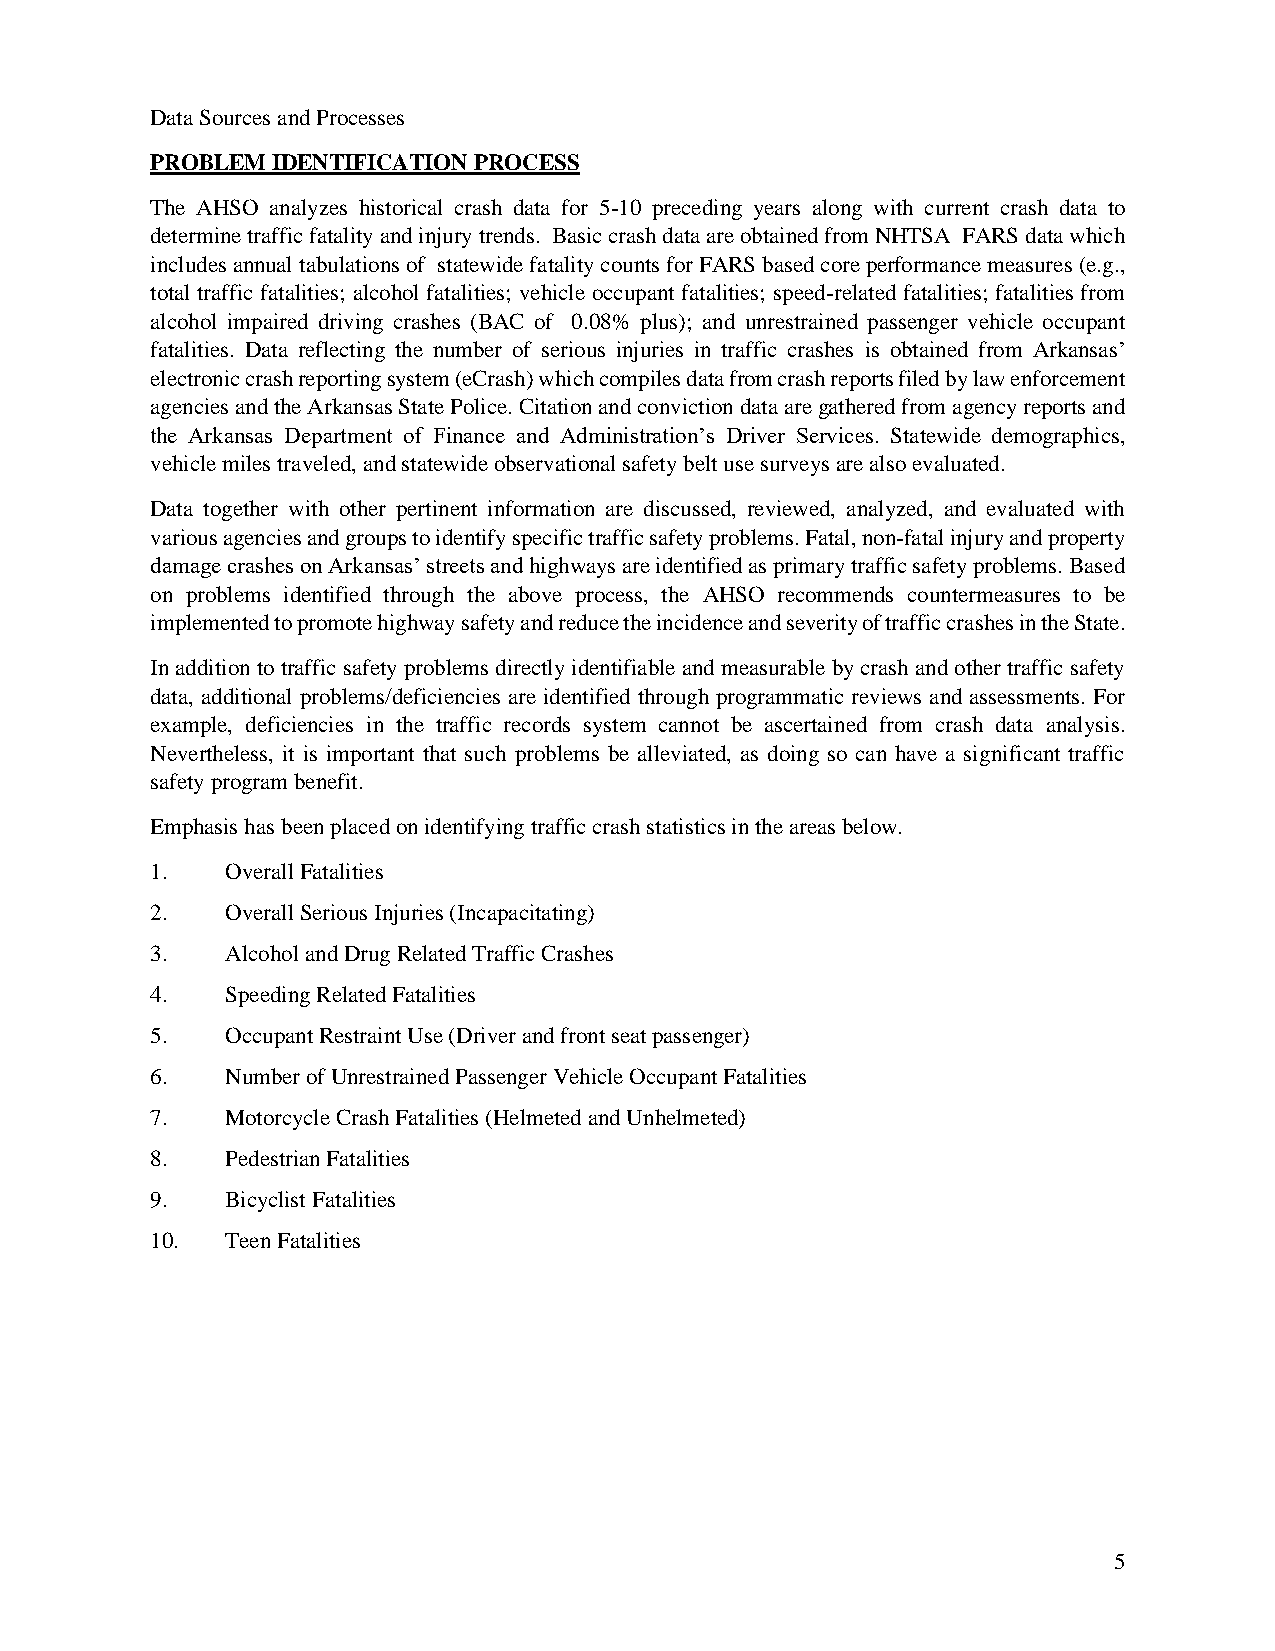
Data Sources and Processes
 PROBLEM IDENTIFICATION PROCESS
 The AHSO analyzes historical crash data for 5-10 preceding years along with current crash data to
 determine traffic fatality and injury trends. Basic crash data are obtained from NHTSA FARS data which
 includes annual tabulations of statewide fatality counts for FARS based core performance measures (e.g.,
 total traffic fatalities; alcohol fatalities; vehicle occupant fatalities; speed-related fatalities; fatalities from
 alcohol impaired driving crashes (BAC of 0.08% plus); and unrestrained passenger vehicle occupant
 fatalities. Data reflecting the number of serious injuries in traffic crashes is obtained from Arkansas’
 electronic crash reporting system (eCrash) which compiles data from crash reports filed by law enforcement
 agencies and the Arkansas State Police. Citation and conviction data are gathered from agency reports and
 the Arkansas Department of Finance and Administration’s Driver Services. Statewide demographics,
 vehicle miles traveled, and statewide observational safety belt use surveys are also evaluated.
 Data together with other pertinent information are discussed, reviewed, analyzed, and evaluated with
 various agencies and groups to identify specific traffic safety problems. Fatal, non-fatal injury and property
 damage crashes on Arkansas’ streets and highways are identified as primary traffic safety problems. Based
 on problems identified through the above process, the AHSO recommends countermeasures to be
 implemented to promote highway safety and reduce the incidence and severity of traffic crashes in the State.
 In addition to traffic safety problems directly identifiable and measurable by crash and other traffic safety
 data, additional problems/deficiencies are identified through programmatic reviews and assessments. For
 example, deficiencies in the traffic records system cannot be ascertained from crash data analysis.
 Nevertheless, it is important that such problems be alleviated, as doing so can have a significant traffic
 safety program benefit.
 Emphasis has been placed on identifying traffic crash statistics in the areas below.
 1.   Overall Fatalities
 2.   Overall Serious Injuries (Incapacitating)
 3.   Alcohol and Drug Related Traffic Crashes
 4.   Speeding Related Fatalities
 5.   Occupant Restraint Use (Driver and front seat passenger)
 6.   Number of Unrestrained Passenger Vehicle Occupant Fatalities
 7.   Motorcycle Crash Fatalities (Helmeted and Unhelmeted)
 8.   Pedestrian Fatalities
 9.   Bicyclist Fatalities
 10.  Teen Fatalities
 5